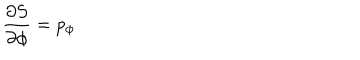
LaTeX: { \frac { \partial S } { \partial \phi } } = p _ { \phi }